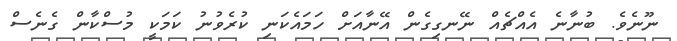
ނޫނެވެ. ބުނާނެ އެއްޗެއް ނޭނގިގެން އޭނާއަށް ހަމައެކަނި ކުރެވުނު ކަމަކީ މުސްކާން ގެނެސް